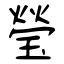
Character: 瑩